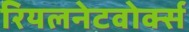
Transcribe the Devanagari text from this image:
रियलनेटवोर्क्स